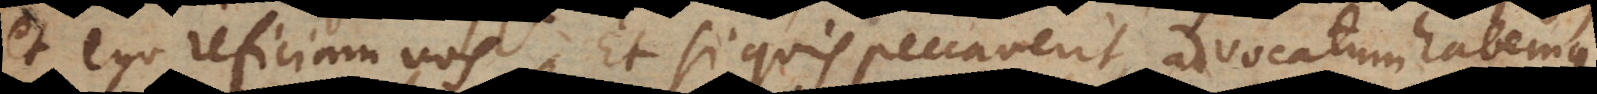
et ego reficiam vos. Et si quis peccaverit, advocatum habemus